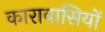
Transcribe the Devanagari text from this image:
कारावासियों